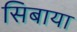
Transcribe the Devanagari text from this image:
सिबाया